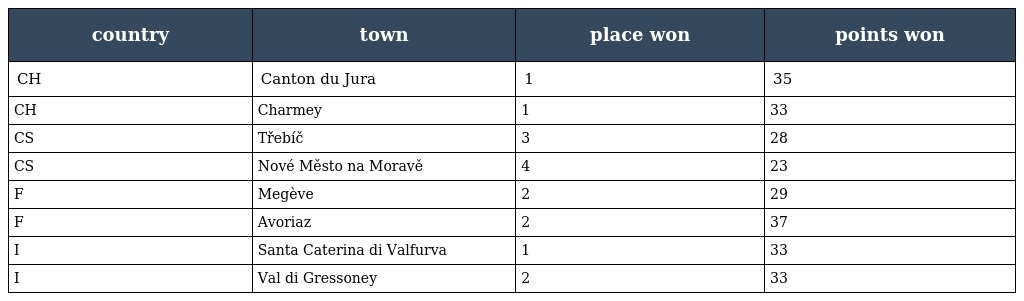
| country | town | place won | points won |
 | --- | --- | --- | --- |
 | CH | Canton du Jura | 1 | 35 |
 | CH | Charmey | 1 | 33 |
 | CS | Třebíč | 3 | 28 |
 | CS | Nové Město na Moravě | 4 | 23 |
 | F | Megève | 2 | 29 |
 | F | Avoriaz | 2 | 37 |
 | I | Santa Caterina di Valfurva | 1 | 33 |
 | I | Val di Gressoney | 2 | 33 |